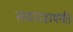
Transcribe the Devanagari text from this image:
सव्वादहापर्यंत